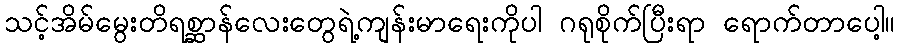
သင့်အိမ်မွေးတိရစ္ဆာန်လေးတွေရဲ့ကျန်းမာရေးကိုပါ ဂရုစိုက်ပြီးရာ ရောက်တာပေါ့။